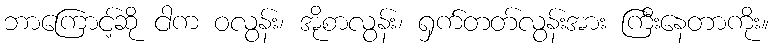
ဘာကြောင့်ဆို ငါက ဝလွန်း၊ အိုစာလွန်း၊ ရှက်တတ်လွန်းအား ကြီးနေတာကိုး။